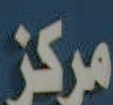
مركز